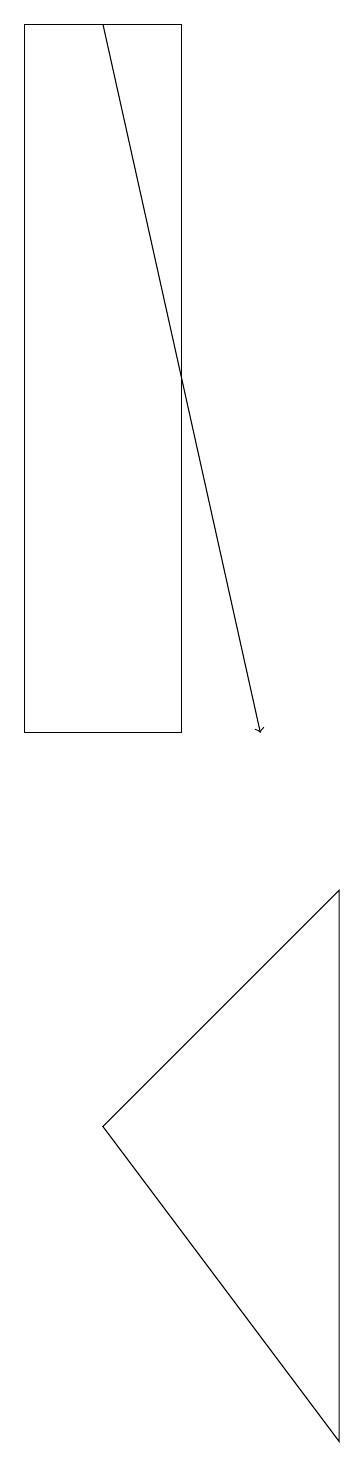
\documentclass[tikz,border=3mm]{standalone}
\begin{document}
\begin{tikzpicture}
\draw (4,1) -- (4,8) -- (1,5) -- cycle;
\draw (0,10) rectangle (2,19);
\draw[->] (1,19) -- (3,10);
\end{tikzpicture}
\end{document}